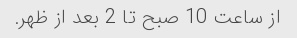
از ساعت 10 صبح تا 2 بعد از ظهر.